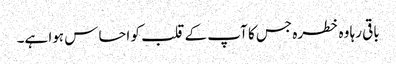
باقی رہا وہ خطرہ جس کا آپ کے قلب کو احساس ہوا ہے۔